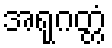
အရုဂတ္တံ